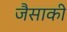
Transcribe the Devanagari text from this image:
जैसाकी